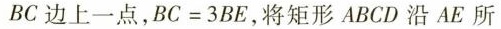
BC边上一点，BC=3BE，将矩形ABCD沿AC所